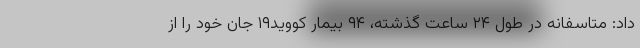
داد: متاسفانه در طول ۲۴ ساعت گذشته، ۹۴ بیمار کووید۱۹ جان خود را از